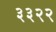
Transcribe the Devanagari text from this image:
३३२२